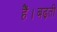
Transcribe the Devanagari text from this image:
हैं।बढ़ती